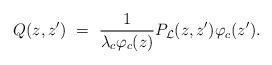
LaTeX: \begin{align*} Q(z,z')\ =\ \frac{1}{\lambda_c\varphi_c(z) } P_{\cal L}(z,z') \varphi_c(z').\end{align*}